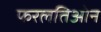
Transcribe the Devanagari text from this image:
फरलतिओन